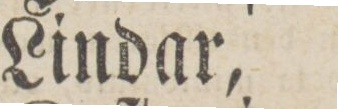
Lindar,